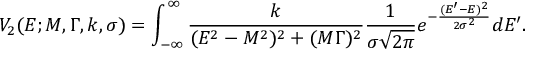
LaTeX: V _ { 2 } ( E ; M , \Gamma , k , \sigma ) = \int _ { - \infty } ^ { \infty } { \frac { k } { ( E ^ { 2 } - M ^ { 2 } ) ^ { 2 } + ( M \Gamma ) ^ { 2 } } } { \frac { 1 } { \sigma { \sqrt { 2 \pi } } } } e ^ { - { \frac { ( E ^ { \prime } - E ) ^ { 2 } } { 2 \sigma ^ { 2 } } } } d E ^ { \prime } .